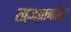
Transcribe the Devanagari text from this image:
सहजज्ञानाश्रित